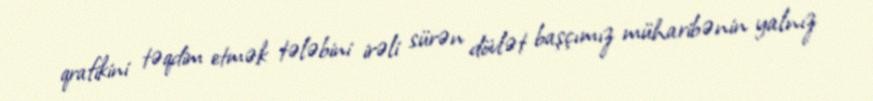
qrafikini təqdim etmək tələbini irəli sürən dövlət başçımız müharibənin yalnız